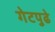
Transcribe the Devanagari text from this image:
गेटपुढे